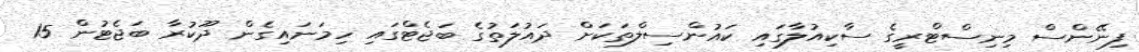
ފިނޭންސް މިނިސްޓްރީގެ ސާކިއުލާގައި ކައުންސިލްތަކަށް ދައުލަތުގެ ބަޖެޓްގައި ހިމަނައިގެން ދޫކުރާ ބަޖެޓުން 15